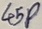
Text: 45P